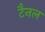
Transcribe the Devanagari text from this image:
टैनल